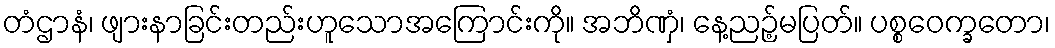
တံဌာနံ၊ ဖျားနာခြင်းတည်းဟူသောအကြောင်းကို။ အဘိဏှံ၊ နေ့ညဉ့်မပြတ်။ ပစ္စဝေက္ခတော၊